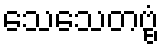
သေသေတဗ္ဗံ